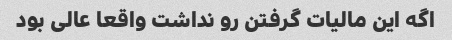
اگه این مالیات گرفتن رو نداشت واقعا عالی بود